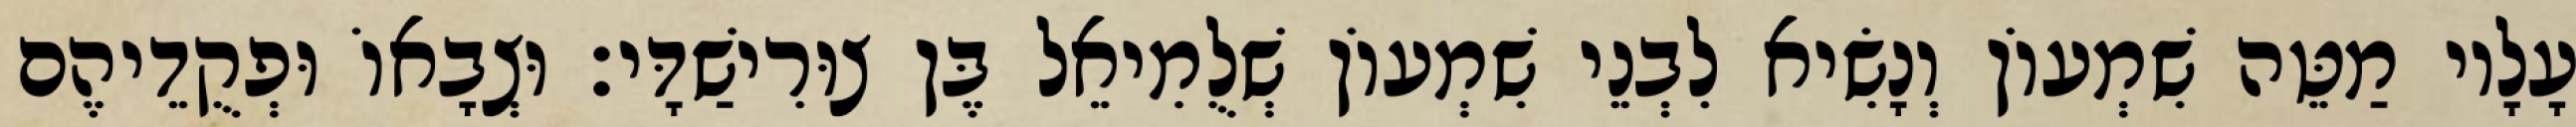
עָלָיו מַטֵּה שִׁמְעוֹן וְנָשִׂיא לִבְנֵי שִׁמְעוֹן שְׁלֻמִיאֵל בֶּן צוּרִישַׁדָּי׃ וּצְבָאוֹ וּפְקֻדֵיהֶם